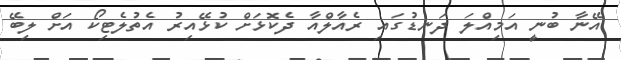
އޭނާ ބުނީ އަމިއްލަ ދަނޑުގައި ރެއާލްއާ ދެކޮޅަށް ކުޅޭއިރު އެތުލެޓިކޯ އަށް ލިބޭ